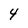
Character: 4